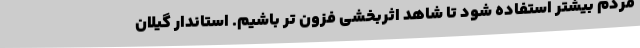
مردم بیشتر استفاده شود تا شاهد اثربخشی فزون تر باشیم. استاندار گیلان